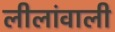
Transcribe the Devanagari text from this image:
लीलांवाली